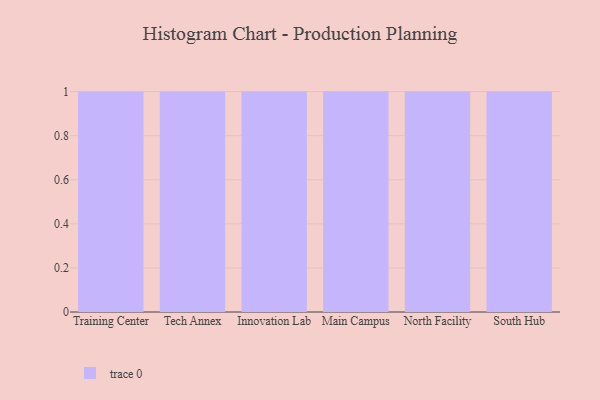
{"axis": {"x": "Campus", "y": "Latency (ms)"}, "legend": [""], "data": [{"x": "Training Center", "y": 72, "type": ""}, {"x": "Tech Annex", "y": 35, "type": ""}, {"x": "Innovation Lab", "y": 19, "type": ""}, {"x": "Main Campus", "y": 100, "type": ""}, {"x": "North Facility", "y": 83, "type": ""}, {"x": "South Hub", "y": 4, "type": ""}]}